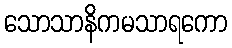
သောသာနိကမသာရကော